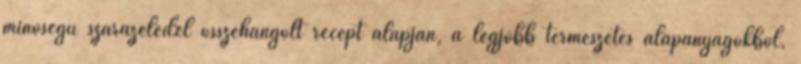
minőségű szárazeledel összehangolt recept alapján, a legjobb természetes alapanyagokból,